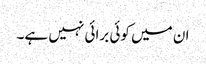
ان میں کوئی برائی نہیں ہے۔